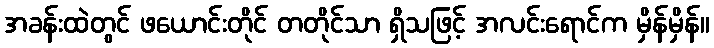
အခန်းထဲတွင် ဖယောင်းတိုင် တတိုင်သာ ရှိသဖြင့် အလင်းရောင်က မှိန်မှိန်။